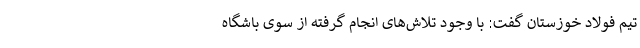
تیم فولاد خوزستان گفت: با وجود تلاش‌های انجام گرفته از سوی باشگاه